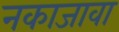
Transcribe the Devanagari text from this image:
नकाजावा